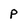
Character: p